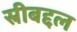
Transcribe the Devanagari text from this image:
स्रीबद्दल